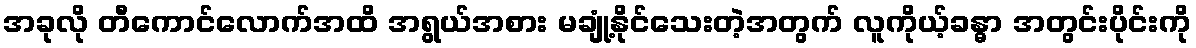
အခုလို တီကောင်လောက်အထိ အရွယ်အစား မချုံ့နိုင်သေးတဲ့အတွက် လူကိုယ့်ခန္ဓာ အတွင်းပိုင်းကို